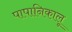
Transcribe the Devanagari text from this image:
पापानिकालू